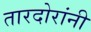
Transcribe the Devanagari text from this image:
तारदोरांनी